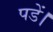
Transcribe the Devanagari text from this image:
पडें।